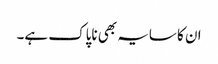
ان کا سایہ بھی ناپاک ہے۔